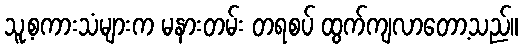
သူ့စကားသံများက မနားတမ်း တရစပ် ထွက်ကျလာတော့သည်။